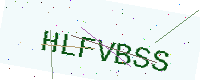
Text: HLFVBSS